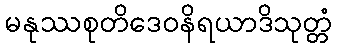
မနုဿစုတိဒေဝနိရယာဒိသုတ္တံ